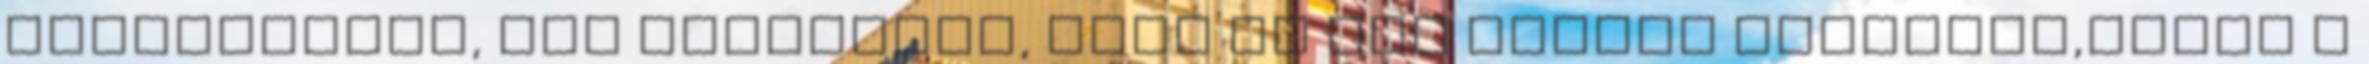
létezéséről, úgy tekintsem, hogy az Tom privát szférája,ahova a